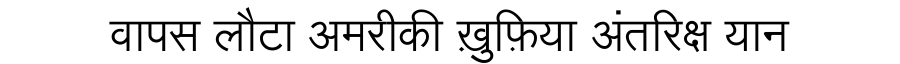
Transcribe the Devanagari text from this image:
वापस लौटा अमरीकी ख़ुफ़िया अंतरिक्ष यान